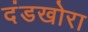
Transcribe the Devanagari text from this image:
दंडखोरा